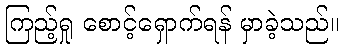
ကြည့်ရှု စောင့်ရှောက်ရန် မှာခဲ့သည်။